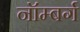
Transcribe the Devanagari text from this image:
नॉम्बर्ग